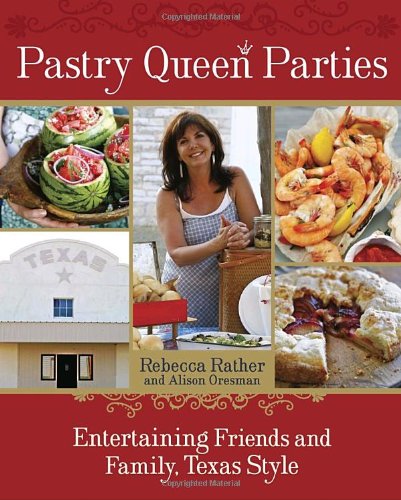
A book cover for Pastry Queen Parties: Entertaining Friends and Family, Texas Style; Rebecca Rather; Cookbooks, Food & Wine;